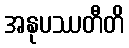
အနုပဿတီတိ